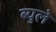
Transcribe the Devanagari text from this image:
ब्युले